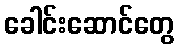
ခေါင်းဆောင်တွေ